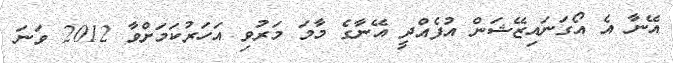
އޭނާ އެ އޯގަނައިޒޭޝަން އުފެއްދީ އޭނާގެ މާމަ މަރުވި އަހަރުކަމަށްވާ 2012 ވަނަ